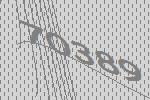
70389